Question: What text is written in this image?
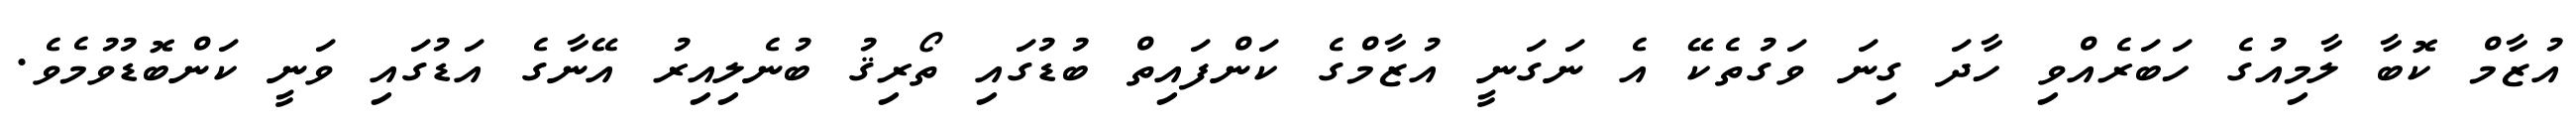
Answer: އުޒާމް ކޮބާ ލާމިއުގެ ހަބަރެއްވި ހާދަ ގިނަ ވަގުތެކޭ އެ ނަގަނީ އުޒާމްގެ ކަންފައިތް ބުޑުގައި ތޯރިޤު ބުނެލިއިރު އޭނާގެ އަޑުގައި ވަނީ ކަންބޮޑުވުމެވެ.